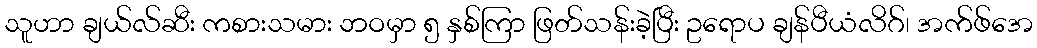
သူဟာ ချယ်လ်ဆီး ကစားသမား ဘဝမှာ ၅ နှစ်ကြာ ဖြတ်သန်းခဲ့ပြီး ဥရောပ ချန်ပီယံလိဂ်၊ အက်ဖ်အေ